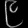
Digit: ၉